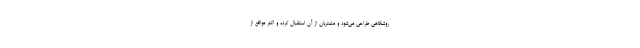
روشگاهی طراحی می‌شود و مشتریان از آن استقبال کرده و اکثر مواقع از